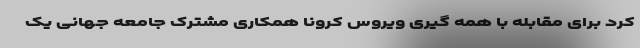
کرد برای مقابله با همه گیری ویروس کرونا همکاری مشترک جامعه جهانی یک